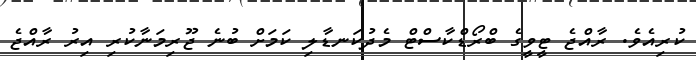
ކުރިއެވެ. ރާއްޖެ ޓީވީގެ ބްރޯޑްކާސްޓް މެދުކަނޑާލި ކަމަށް ބުނެ ޖޫރިމަނާކުރި އިރު ރާއްޖެ